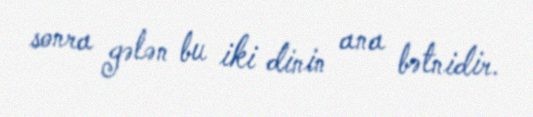
sonra gələn bu iki dinin ana bətnidir.